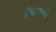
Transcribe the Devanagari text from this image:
श्रृंखलासे